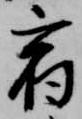
宿